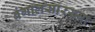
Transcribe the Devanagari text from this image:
बंगालसारख्या